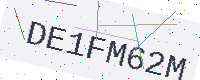
Text: DE1FM62M